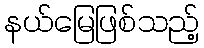
နယ်မြေဖြစ်သည့်